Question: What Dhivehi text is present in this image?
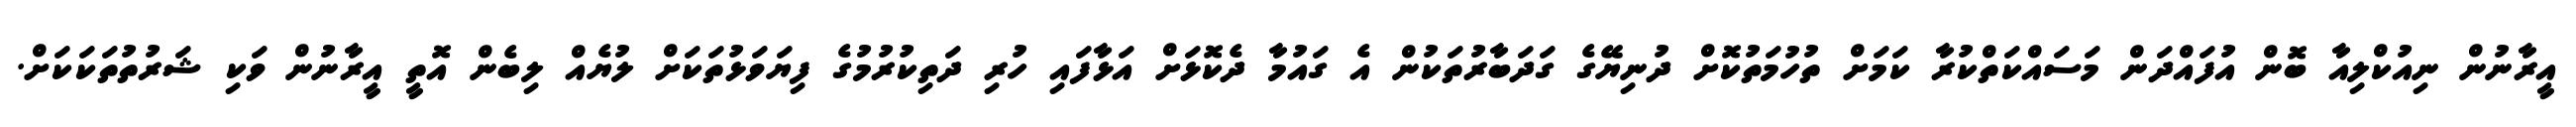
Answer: އީރާނުން ނިއުކްލިއާ ބޮން އުފައްދަން މަސައްކަތްކުރާ ކަމަށް ތުހުމަތުކޮށް ދުނިޔޭގެ ގަދަބާރުތަކުން އެ ގައުމާ ދެކޮޅަށް އަޅާފައި ހުރި ދަތިކުރުމުގެ ފިޔަވަޅުތަކަށް ލުޔެއް ލިބެން އޮތީ އީރާނުން ވަކި ޝަރުތުތަކަކަށް.